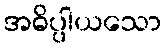
အဓိပ္ပါယသော